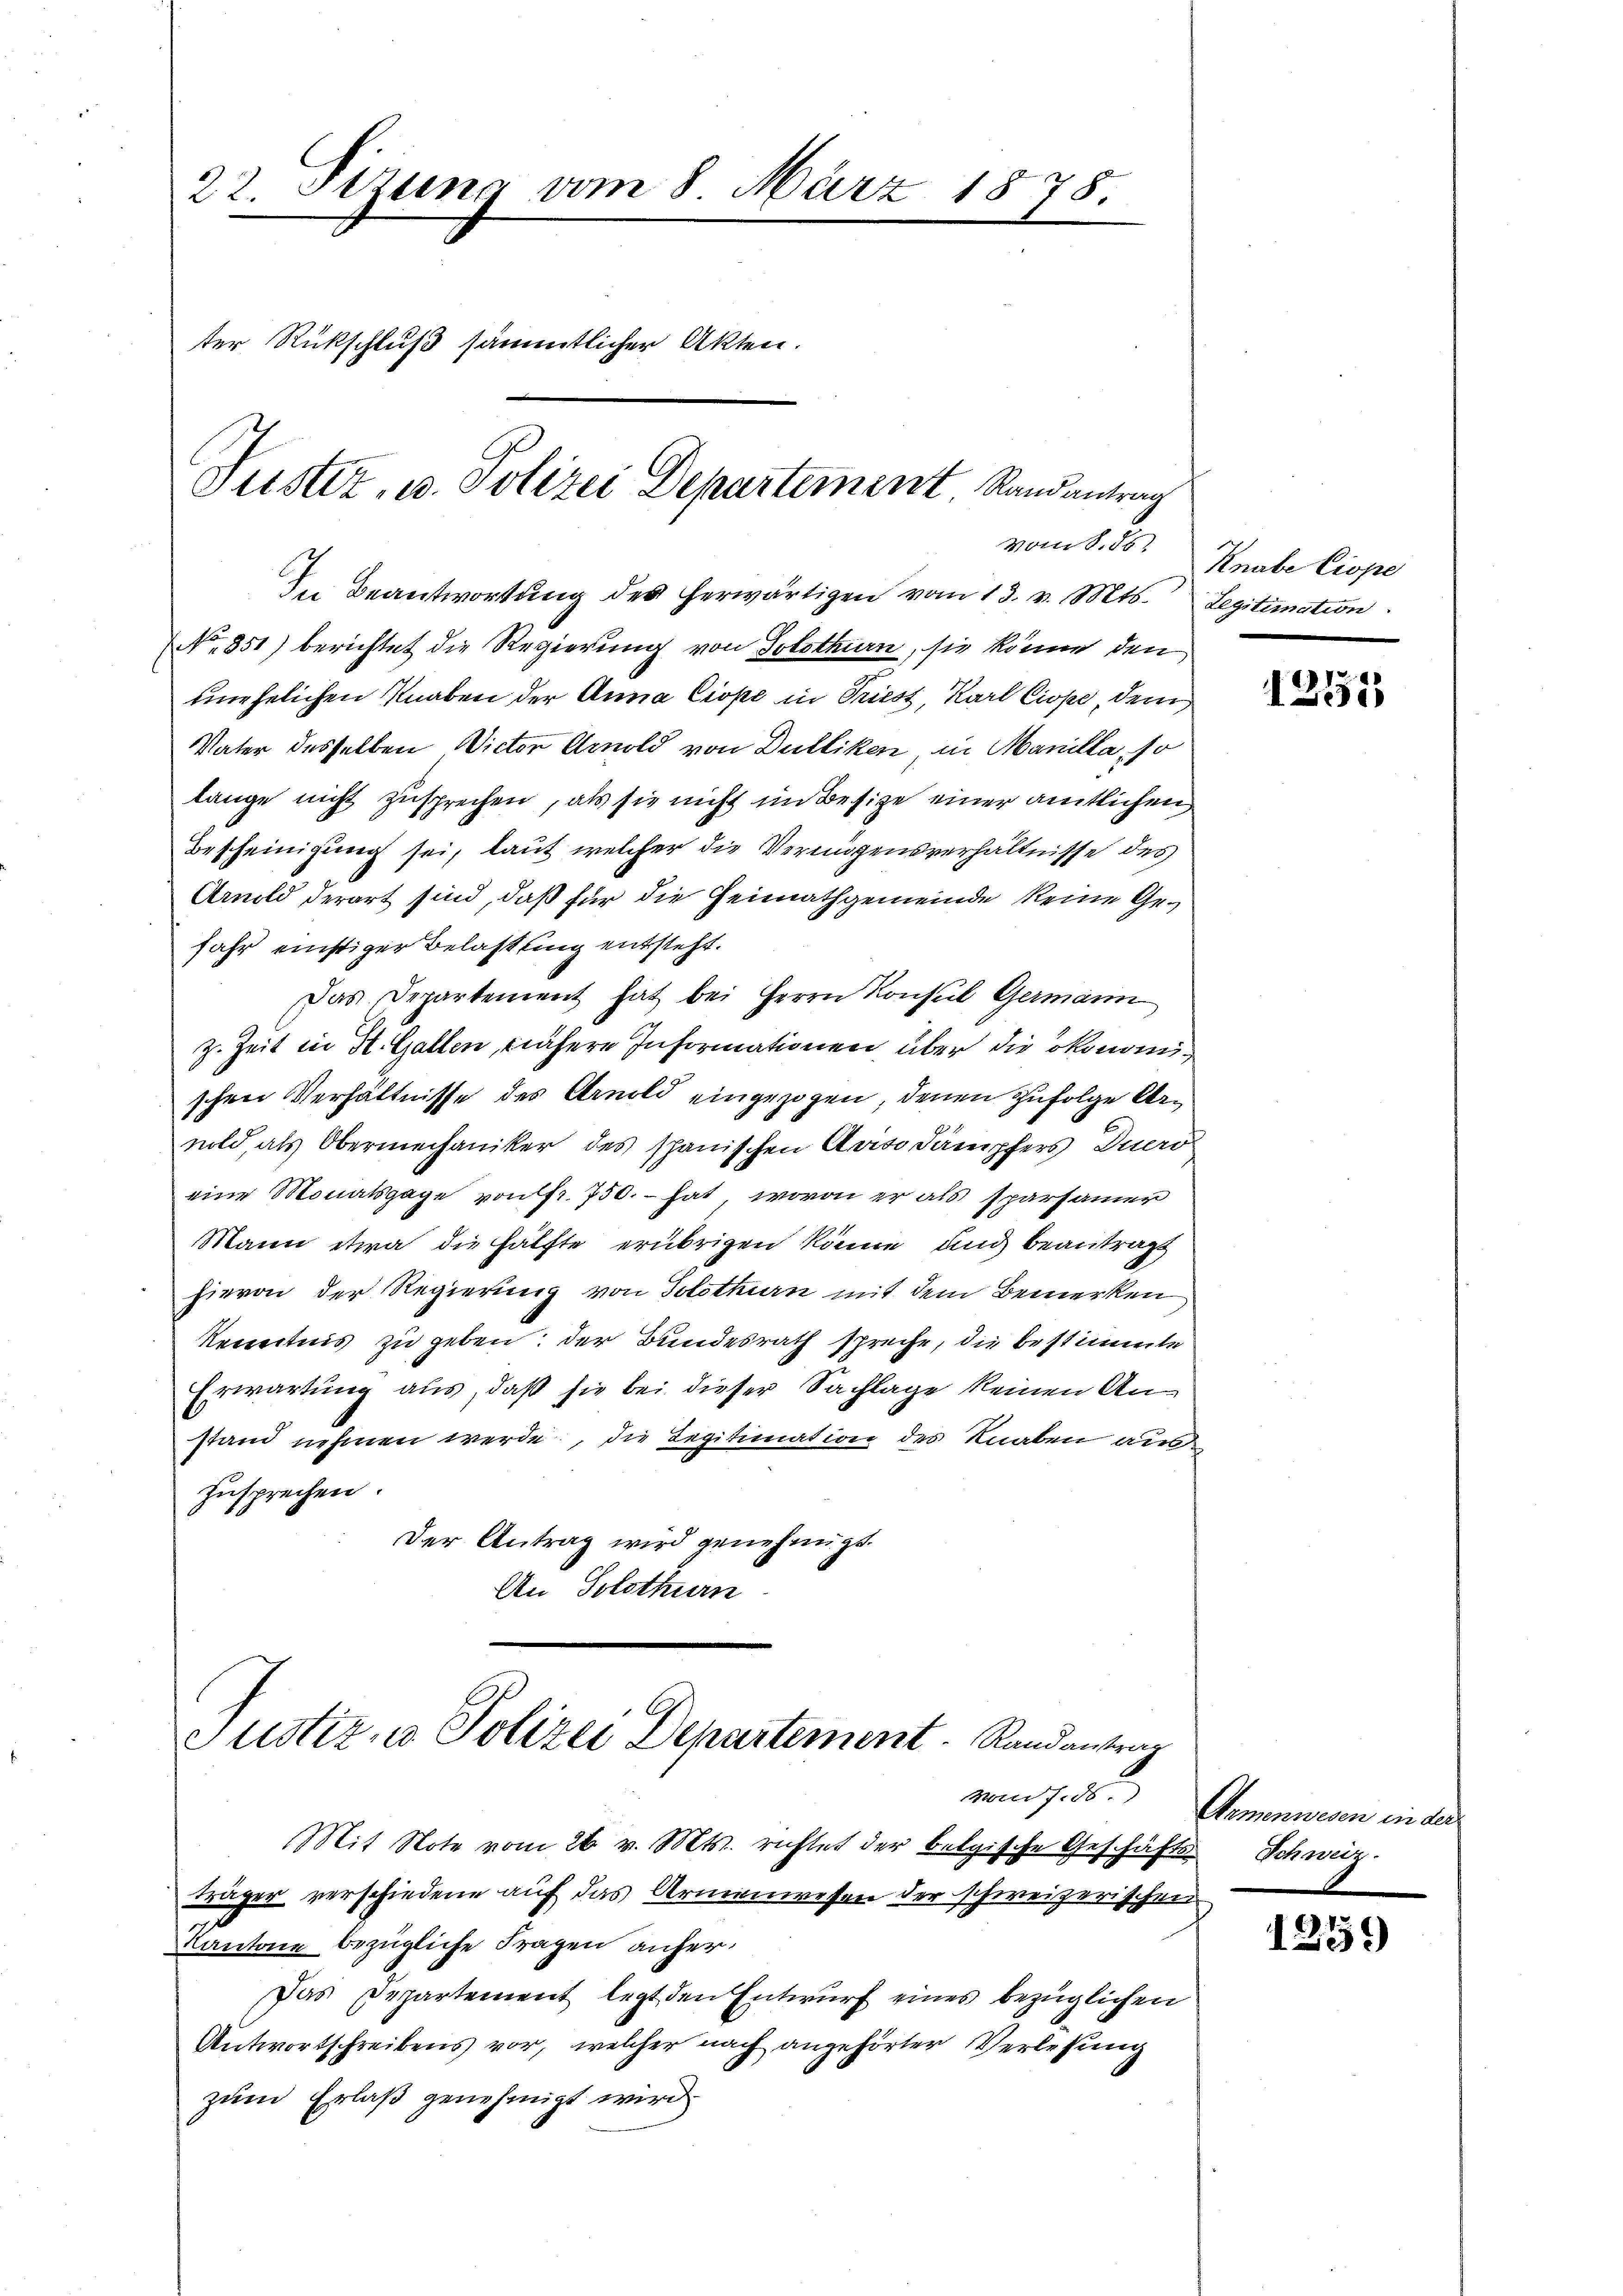
In Beantwortung des herwärtigen vom 13. v. Mts. Legitimation
No 851) berichtet die Regierung von Solothurn, sie könne den
unehelichen Knaben der Anna Ciope in Triest, Karl Ciope, dem
Vater desselben Victor Arnold von Dulliken in Manilla, so
lange nicht zusprechen, als sie nicht im Besitze einer amtlichen,
Bescheinigung sei, laut welcher die Vermögensverhältnisse des
Arnold derart sind, daß für die Heimathgemeinde keine Ge¬
Jahr einstiger Belastung entsteht.
Das Departement hat bei Herrn Konsul Germann
z. Zeit in H. Gallen, nähere Informationen über die ökonomischen Verhältnisse des Arnold eingezogen, denen zufolge Armold, als Obermechaniker des spanischen Anso dampfers Duero
eine Monatsgage von fr. 750. – hat, wovon er als sparsamer
Mann etwa die Hälfte erübrigen könne, und beantragt
hievon der Regierung von Solothurn mit dem Bemerken
kenntnis zu geben: der Bundesrath spreche, die bestimmte
Erwartung aus, daß sie bei dieser Sachlage keinen Anstand nehmen werde, die Legitimation des Knaben aus
zusprechen.
Der Antrag wird genehmigt.
An Solothurn

22. Sitzung vom 8. März 1878.
ter Rückschluß sämmtlicher Akten.
Justiz, u. Polizei Departement Randantrag

Justiz- & Polizei Departement. Randantrag

vom 8. 25.

Mit Note vom 26. v. Mts. richtet der belgische Geschäfts Schweiz.
träger verschiedene auf das Armenwesen der schweizerischen
Cantone bezügliche Fragen anher¬
Das Departement legt den Entwurf eines bezüglichen
Antwortschreibens vor, welcher nach angehörter Verlesung
zum Erlaß genehmigt wird.

Knabe Lippe

1251

vom 7. ds. Armenwesen in der

1259)